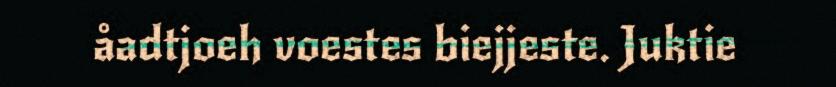
åadtjoeh voestes biejjeste. Juktie